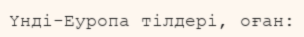
Үнді-Еуропа тілдері, оған: